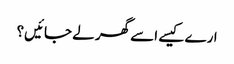
ارے کیسے اسے گھر لے جائیں؟